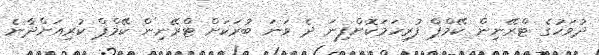
ދުވަހުގެ ޓްރޭނިން ކޭމްޕް ފުރިހަމަކޮށްފިނަ ދެ ވަނަ ބުރަކަށް ޓްރޭނިން ކޭމްޕް ކުރިއަށްދާނެ